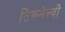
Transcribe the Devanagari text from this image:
तिरूनेल्वी